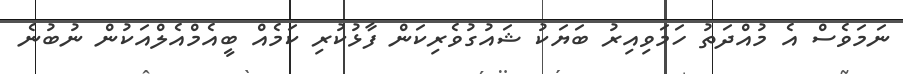
ނަމަވެސް އެ މުއްދަތު ހަމަވިއިރު ބަޔަކު ޝައުގުވެރިކަން ފާޅުކުރި ކަމެއް ބީއެމްއެލްއަކުން ނުބުނެ